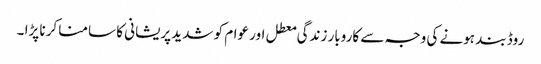
روڈ بند ہونے کی وجہ سے کاروبار زندگی معطل اور عوام کو شدید پریشانی کا سامنا کرنا پڑا ۔